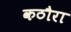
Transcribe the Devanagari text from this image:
कठौरा